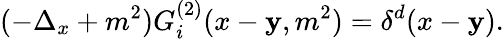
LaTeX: (-\Delta_{x}+m^{2})G_{i}^{(2)}(x-\mathbf{y},m^{2})=\delta^{d}(x-\mathbf{y}).